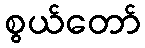
စွယ်တော်